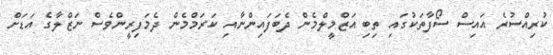
ކުރިއްސުރެ އައިސް ސޯފާތަކުގައި ތިބި އަޒްމީލްމެން ދެބަފައިންނާއި ކަރަމްމެން ދެމަފިރީންވެސް ނަޒްލާގެ އަޑަށް